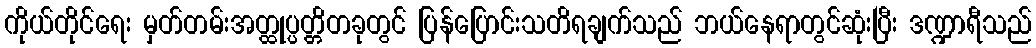
ကိုယ်တိုင်ရေး မှတ်တမ်းအတ္ထုပ္ပတ္တိတခုတွင် ပြန်ပြောင်းသတိရချက်သည် ဘယ်နေရာတွင်ဆုံးပြီး ဒဏ္ဍာရီသည်